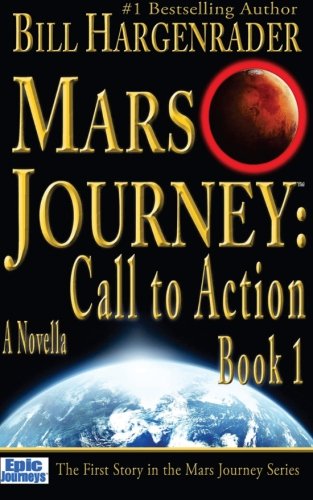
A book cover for Mars Journey: Call to Action: Book 1 (Volume 1); Bill Hargenrader; Science Fiction & Fantasy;